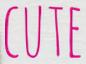
CUTE